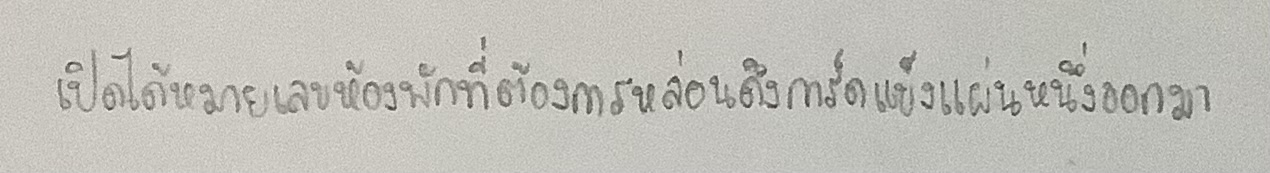
เปิดได้หมายเลขห้องพักที่ต้องการหล่อนดึงการ์ดแข็งแผ่นหนึ่งออกมา